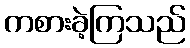
ကစားခဲ့ကြသည်